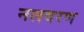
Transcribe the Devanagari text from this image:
नलवरण